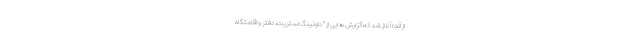
از آنجا آغاز شد که گزارش هایی از " داونینگ استریت، دفتر و اقامتگاه